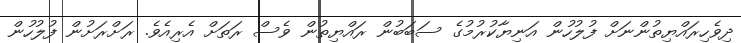
ދިވެހިރައްޔިތުންނަށް ފުލުހުން އަނިޔާކުރުމުގެ ސަބަބުން ރައްޔިތުން ވެސް ރަތަށް އެރިއެވެ. ރަށްރަށުން ފުލުހުން